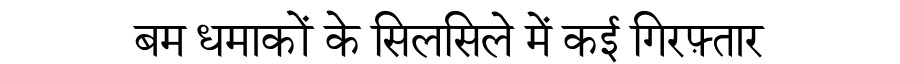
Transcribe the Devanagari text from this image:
बम धमाकों के सिलसिले में कई गिरफ़्तार